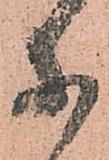
等